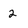
Character: 2